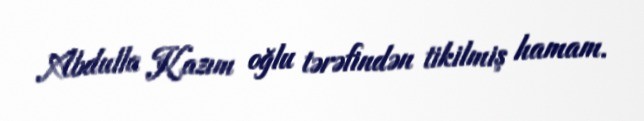
Abdulla Kazım oğlu tərəfindən tikilmiş hamam.